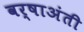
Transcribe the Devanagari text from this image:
वर्षाअंती